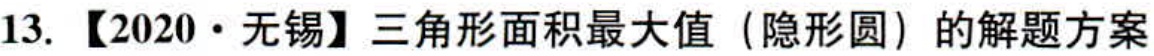
13. 【2020·无锡】三角形面积最大值（隐形圆）的解题方案